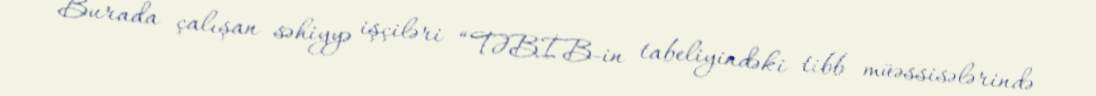
Burada çalışan səhiyyə işçiləri “TƏBİB-in tabeliyindəki tibb müəssisələrində